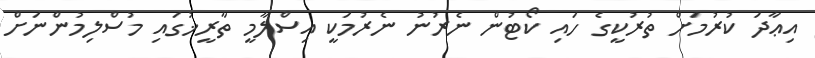
އިޢާދަ ކުރުމަށް ތުރުކީގެ ހައި ކޯޓުން ނެރުނު ނެރުމަކީ އިސްލާމީ ތާރީޚުގައި މުސްލިމުންނަށް